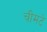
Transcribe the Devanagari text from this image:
चीमटे